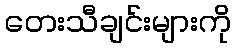
တေးသီချင်းများကို